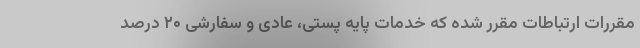
مقررات ارتباطات مقرر شده که خدمات پایه پستی، عادی و سفارشی ۲۰ درصد